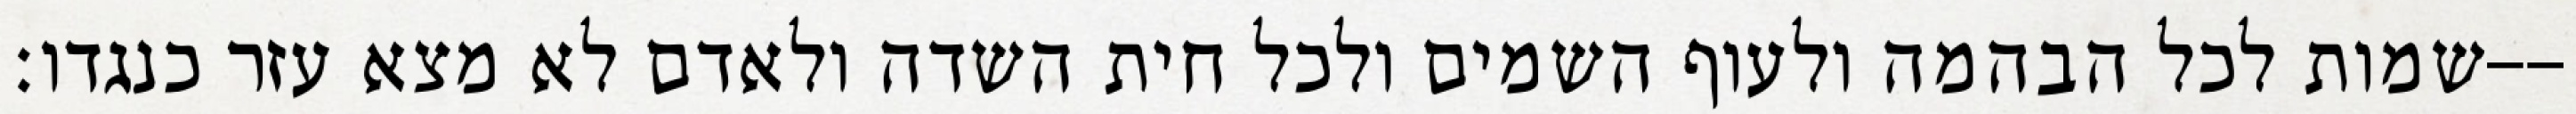
שמות לכל הבהמה ולעוף השמים ולכל חית השדה ולאדם לא מצא עזר כנגדו׃--